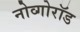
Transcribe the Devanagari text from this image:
नोव्गोरॉड